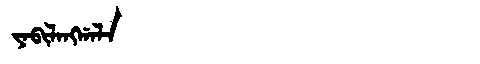
Manchu: ᠶᠠᠪᡳᠯᠠᠩᡤᠠᠯᠠ
Romanization: YABILANGGALA